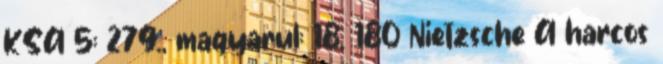
KSA 5: 279., magyarul: 18. 180 Nietzsche A harcos